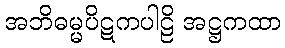
အဘိဓမ္မပိဋကပါဠိ အဋ္ဌကထာ